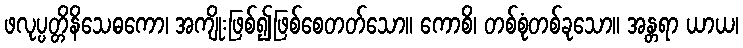
ဖလုပ္ပတ္တိနိသေဓကော၊ အကျိုးဖြစ်၍ဖြစ်စေတတ်သော။ ကောစိ၊ တစ်စုံတစ်ခုသော။ အန္တရာ ယာယ၊